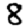
Digit: 8